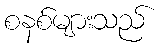
စနစ်များသည်